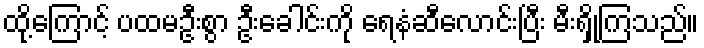
ထို့ကြောင့် ပထမဦးစွာ ဦးခေါင်းကို ရေနံဆီလောင်းပြီး မီးရှို့ကြသည်။